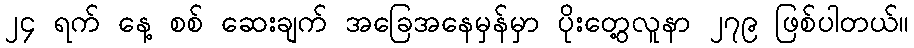
၂၄ ရက် နေ့ စစ် ဆေးချက် အခြေအနေမှန်မှာ ပိုးတွေ့လူနာ ၂၇၉ ဖြစ်ပါတယ်။